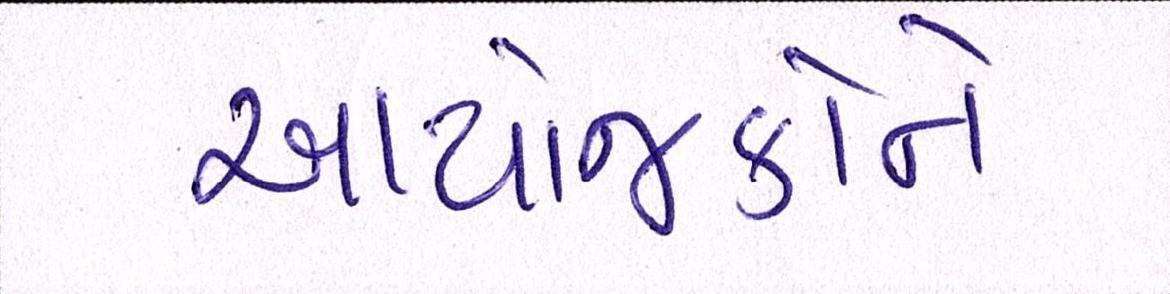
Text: આયોજકોને